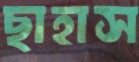
ছাহাস